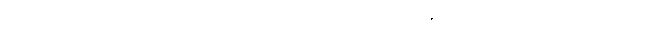
အဆင့်တွင်သာ ရှိကြောင်း ဖော်ပြထား သည့် အစီရင်ခံစာ တစ်ထပ်ကြီးကိုလည်း ယူလာခဲ့သည်။